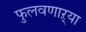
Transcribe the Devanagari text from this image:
फुलवणाऱ्या